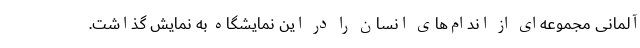
آلمانی مجموعه‌ای از اندام‌های انسان را در این نمایشگاه به نمایش گذاشت.